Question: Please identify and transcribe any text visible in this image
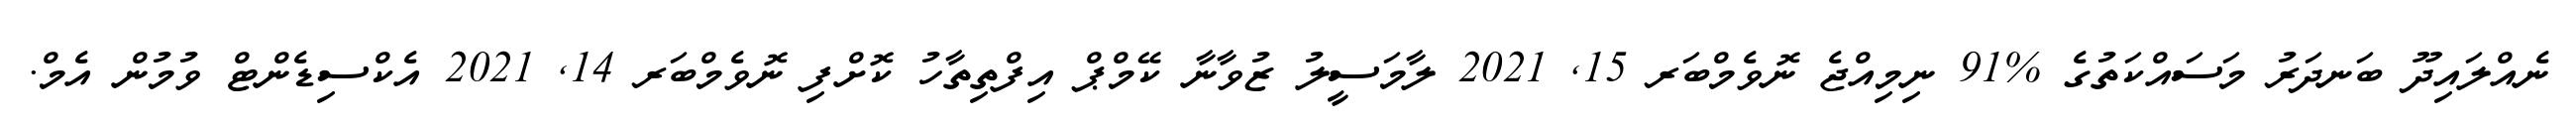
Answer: ނެއްލައިދޫ ބަނދަރު މަސައްކަތުގެ %91 ނިމިއްޖެ ނޮވެމްބަރ 15, 2021 ލާމަސީލު ޒުވާނާ ކޭމްޕް އިފްތިތާހު ކޮށްފި ނޮވެމްބަރ 14, 2021 އެކްސިޑެންޓް ވުމުން އެމް.